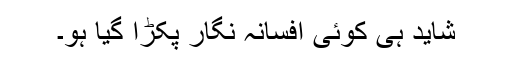
شاید ہی کوئی افسانہ نگار پکڑا گیا ہو۔